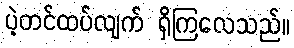
ပဲ့တင်ထပ်လျက် ရှိကြလေသည်။